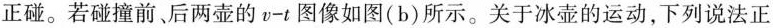
正碰。若碰撞前、后两壶的v-t图像如图(b)所示。关于冰壶的运动，下列说法正